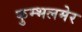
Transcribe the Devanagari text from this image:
कुम्भलमेर